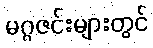
မဂ္ဂဇင်းများတွင်